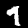
Digit: 9